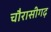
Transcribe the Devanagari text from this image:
चौरासीगढ़